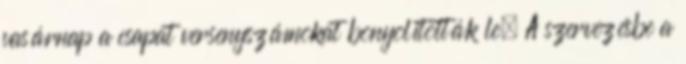
vasárnap a csapat versenyszámokat bonyolították le. A szervezésbe a